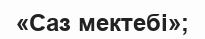
«Саз мектебі»;